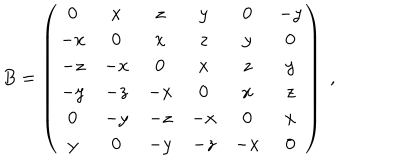
B = \left( \begin{array} { c c c c c c c c r } { { 0 } } & { { x } } & { { z } } & { { y } } & { { 0 } } & { { - y } } \\ { { - x } } & { { 0 } } & { { x } } & { { z } } & { { y } } & { { 0 } } \\ { { - z } } & { { - x } } & { { 0 } } & { { x } } & { { z } } & { { y } } \\ { { - y } } & { { - z } } & { { - x } } & { { 0 } } & { { x } } & { { z } } \\ { { 0 } } & { { - y } } & { { - z } } & { { - x } } & { { 0 } } & { { x } } \\ { { y } } & { { 0 } } & { { - y } } & { { - z } } & { { - x } } & { { 0 } } \\ \end{array} \right) \; ,